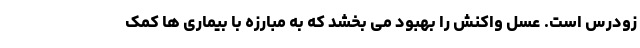
زودرس است. عسل واکنش را بهبود می بخشد که به مبارزه با بیماری ها کمک